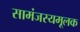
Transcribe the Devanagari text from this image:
सामंजस्यमूलक